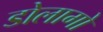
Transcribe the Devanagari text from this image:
डोलागो